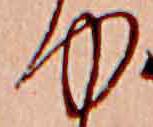
ゆ